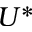
U ^ { * }